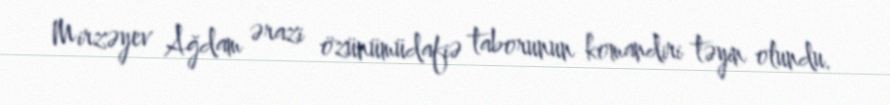
Mirzəyev Ağdam ərazi özünümüdafiə taborunun komandiri təyin olundu.